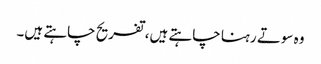
وہ سوتے رہنا چاہتے ہیں، تفریح چاہتے ہیں۔